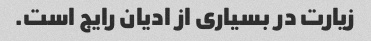
زیارت در بسیاری از ادیان رایج است.